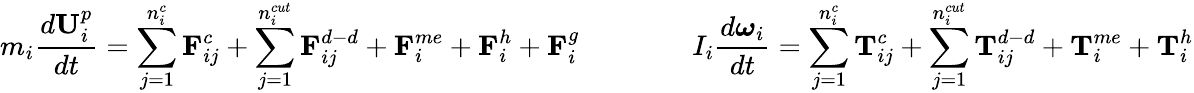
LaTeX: m_{i}\frac{d\textbf{U}_{i}^{p}}{dt}=\sum_{j=1}^{n_{i}^{c}}{\textbf{F}_{ij}^{c}}+\sum_{j=1}^{n_{i}^{cut}}\textbf{F}_{ij}^{d-d}+\textbf{F}_{i}^{me}+\textbf{F}_{i}^{h}+\textbf{F}_{i}^{g}\qquad\qquad I_{i}\frac{d\boldsymbol\omega_{i}}{dt}=\sum_{j=1}^{n_{i}^{c}}{\textbf{T}_{ij}^{c}}+\sum_{j=1}^{n_{i}^{cut}}\textbf{T}_{ij}^{d-d}+\textbf{T}_{i}^{me}+\textbf{T}_{i}^{h}